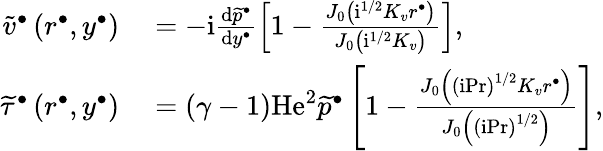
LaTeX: \begin{array}{rl}{\widetilde{v}^{\bullet}\left(r^{\bullet},y^{\bullet}\right)}&{{}=-\mathrm{i}\frac{\mathrm{d}\widetilde{p}^{\bullet}}{\mathrm{d}y^{\bullet}}\left[1-\frac{J_{0}\left(\mathrm{i}^{1/2}K_{v}r^{\bullet}\right)}{J_{0}\left(\mathrm{i}^{1/2}K_{v}\right)}\right],}\\ {\widetilde{\tau}^{\bullet}\left(r^{\bullet},y^{\bullet}\right)}&{{}=\left(\gamma-1\right)\mathrm{He}^{2}\widetilde{p}^{\bullet}\left[1-\frac{J_{0}\left(\left(\mathrm{i}\mathrm{Pr}\right)^{1/2}K_{v}r^{\bullet}\right)}{J_{0}\left(\left(\mathrm{i}\mathrm{Pr}\right)^{1/2}\right)}\right],}\end{array}